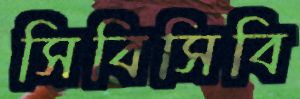
সিবিসিবি